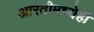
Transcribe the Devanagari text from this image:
आरतीमध्येही